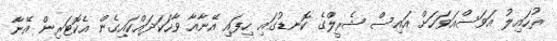
ރުހައިލު އަވަސްއަވަހަށް އައިސް ޝެރީލްގެ ކޮނޑުގައި ހިފައި އޭނާއާ ވާހަކަދައްކައިގެން އެކޮޓަރިން އޭނާ